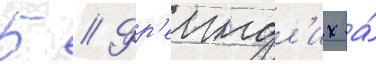
Б // Фр'еиндл'их а́